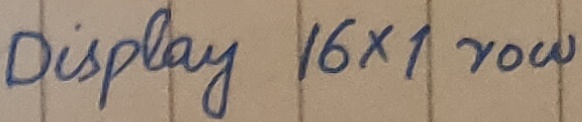
Text: Display 16x1 row